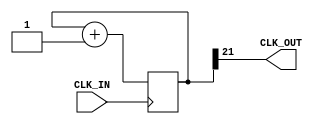
module prescaler (
    input CLK_IN,    // 16MHz clock
    output CLK_OUT
);
    wire CLK_IN;
    wire CLK_OUT;

    // Number of bits of the prescaler (default)
    parameter N = 22;

    // Output is N-bit bus, initialised
    reg [N-1:0] count = 0;
    
    assign CLK_OUT = count[N-1];

    // sensitive to rising edge
    always @(posedge CLK_IN) begin
        // Increment data register
        count <= count + 1;
    end
endmodule